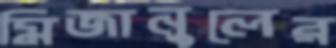
মিজানুলের